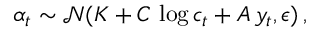
\alpha _ { t } \sim \mathcal { N } ( K + C \, \log c _ { t } + A \, y _ { t } , \epsilon ) \, ,